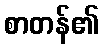
စာတန်၏